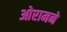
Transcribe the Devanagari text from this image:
ओरामने